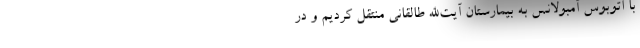
با اتوبوس آمبولانس به بیمارستان آیت‌الله طالقانی منتقل کردیم و در